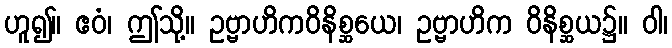
ဟူ၍။ ဧဝံ၊ ဤသို့။ ဥဗ္ဗာဟိကဝိနိစ္ဆယေ၊ ဥဗ္ဗာဟိက ဝိနိစ္ဆယ၌။ ဝါ၊